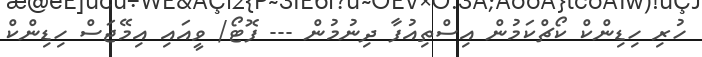
ހުރި ހިޑިންކް ކޯޗްކަމުން އިސްތިއުފާ ދިނުމުން --- ފޮޓޯ/ ވީއައި އިމޭޖަސް ހިޑިންކް